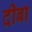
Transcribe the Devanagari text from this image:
दीबा